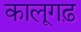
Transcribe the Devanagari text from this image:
कालूगढ़